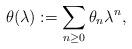
LaTeX: \begin{align*}\theta(\lambda):=\sum_{n\geq 0}\theta_n\lambda^n,\end{align*}